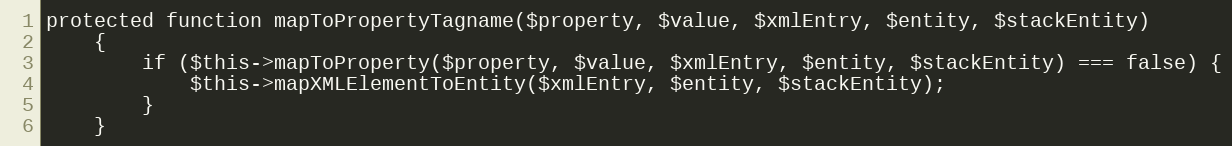
Language: PHP
protected function mapToPropertyTagname($property, $value, $xmlEntry, $entity, $stackEntity)
    {
        if ($this->mapToProperty($property, $value, $xmlEntry, $entity, $stackEntity) === false) {
            $this->mapXMLElementToEntity($xmlEntry, $entity, $stackEntity);
        }
    }